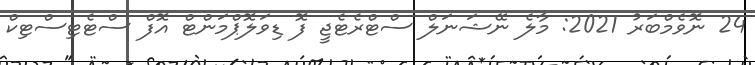
24 ނޮވެމްބަރު 2021: މާލެ ނޭޝަނަލް ސްޓްރެޓެޖީ ފޮ ޑިވަލޮޕްމަންޓް އޮފް ސްޓެޓިސްޓިކް